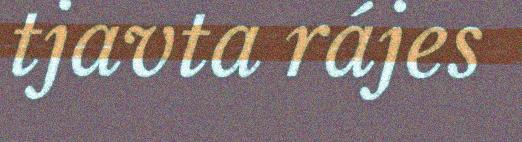
tjavta rájes